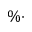
\% \cdot